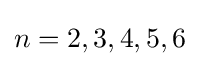
n=2,3,4,5,6